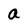
Character: a